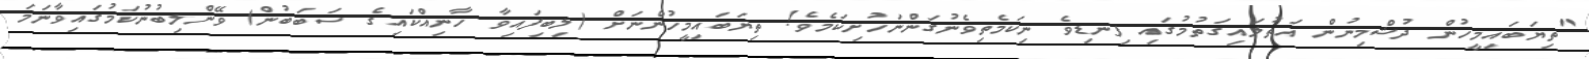
"ތިޔަބައިމީހުން ދުޝްމިނުން އަތުލައިގަތުމުގައި ފިނޑިވެ ނިކަމެތިވެނުގަންނަހުށިކަމެވެ! ތިޔަބައިމީހުންނަށް (ލިބިފައިވާ ހާނިއްކައިގެ ސަބަބުން) ވޭންލިބުނުކަމުގައިވާނަމަ